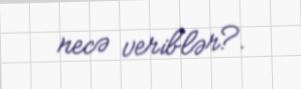
necə veriblər?.